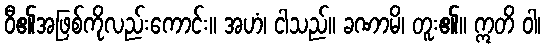
ဝီ၏အဖြစ်ကိုလည်းကောင်း။ အဟံ၊ ငါသည်။ ခဏာမိ၊ တူး၏။ ဣတိ ဝါ၊